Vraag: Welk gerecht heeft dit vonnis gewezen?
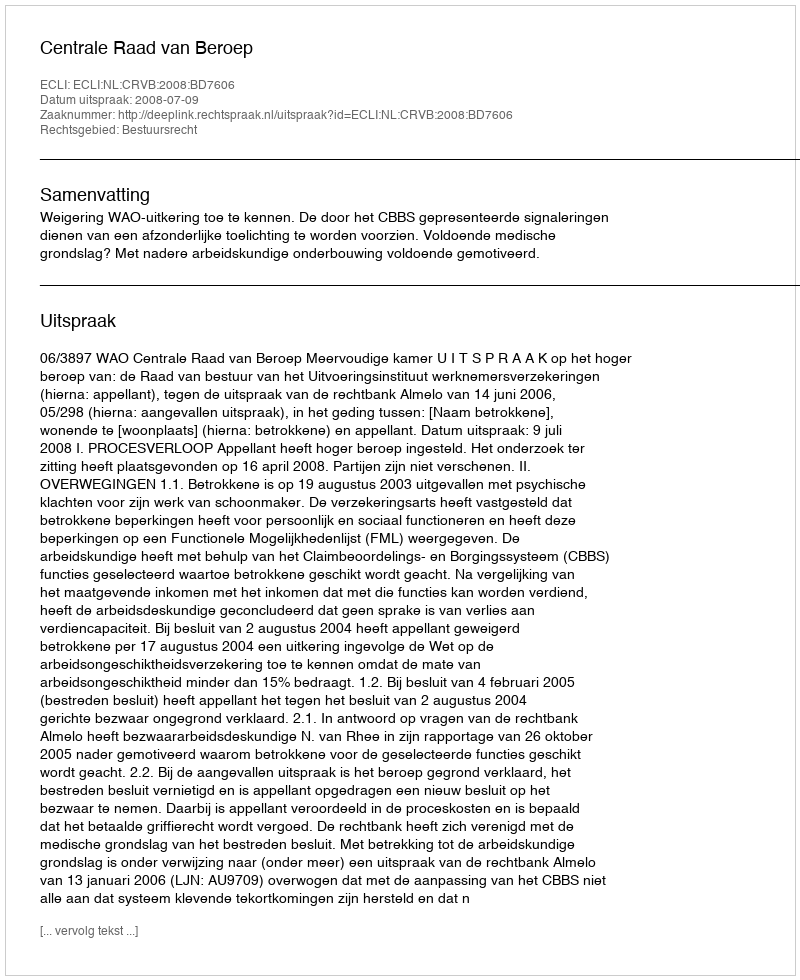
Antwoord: Centrale Raad van Beroep